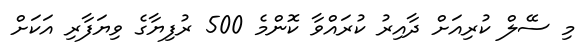
މި ސޭލް ކުރިއަށް ދާއިރު ކުރައްވާ ކޮންމެ 500 ރުފިޔާގެ ވިޔަފާރި އަކަށް